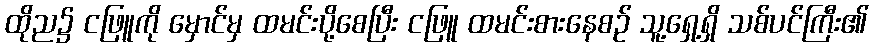
ထိုည၌ ငဖြူကို မှောင်မှ ထမင်းပို့စေပြီး ငဖြူ ထမင်းစားနေစဉ် သူ့ရှေ့ရှိ သစ်ပင်ကြီး၏